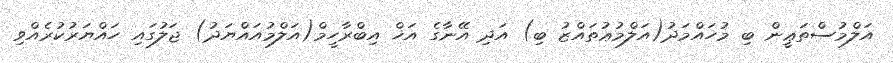
އަލްމުސްތަޢީން ބި މުހައްމަދު(އަލްމުޢުތައްޒު ބި) އަދި އޭނާގެ އަޚް އިބްރާހީމް(އަލްމުއައްޔަދު) ޖަލުގައި ހައްޔަރުކުރެއްވި